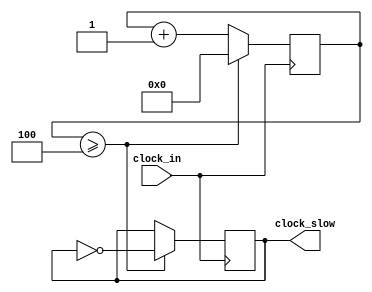
// SPLITS 50 MHz CLOCK INTO 10 MHz
module clock_divider
	#(parameter DIVISOR = 4'd5)
	(
		input clock_in,
		output reg clock_slow
	);
	
	// master clock = 50 MHz / 5 = 10 MHz
	// using a 7 bit counter, 2^7 = 128, (10e6/2)/128 = 39062.5 Hz
	
	reg[3:0] counter = 4'd0;
	
	initial
		clock_slow = 1'b0;
	
	// 50 MHz
	always @(posedge clock_in) begin
		counter <= counter + 4'd1;
		
		if (counter >= (DIVISOR-1)) begin
			counter <= 4'd0;
			clock_slow <= ~clock_slow;
		end
	end
endmodule